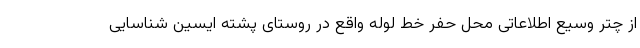
از چتر وسیع اطلاعاتی محل حفر خط لوله واقع در روستای پشته ایسین شناسایی